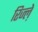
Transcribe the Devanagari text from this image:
रिज्ल़े